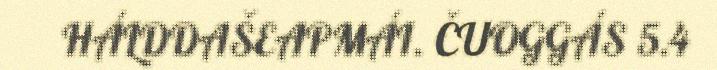
HÁLDDAŠEAPMÁI. ČUOGGÁS 5.4